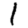
Digit: 1